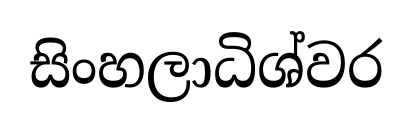
සිංහලාධිශ්වර